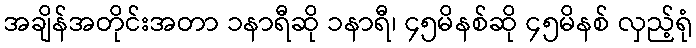
အချိန်အတိုင်းအတာ ၁နာရီဆို ၁နာရီ၊ ၄၅မိနစ်ဆို ၄၅မိနစ် လှည့်ရုံ